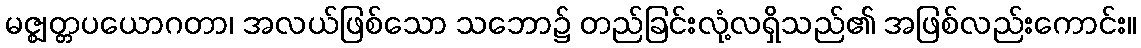
မဇ္ဈတ္တပယောဂတာ၊ အလယ်ဖြစ်သော သဘော၌ တည်ခြင်းလုံ့လရှိသည်၏ အဖြစ်လည်းကောင်း။